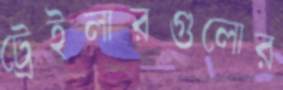
ট্রেইলারগুলোর